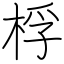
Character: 桴